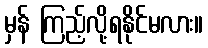
မှန် ကြည့်လို့ရနိုင်မလား။